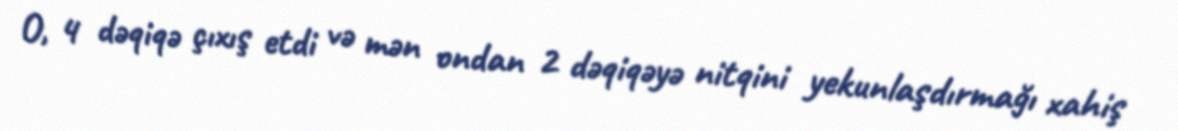
O, 4 dəqiqə çıxış etdi və mən ondan 2 dəqiqəyə nitqini yekunlaşdırmağı xahiş